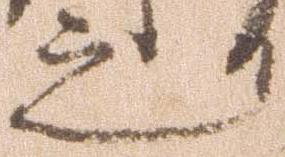
之